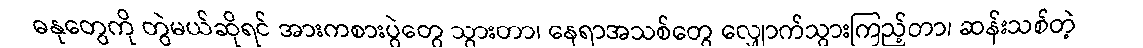
ဓနုတွေကို တွဲမယ်ဆိုရင် အားကစားပွဲတွေ သွားတာ၊ နေရာအသစ်တွေ လျှောက်သွားကြည့်တာ၊ ဆန်းသစ်တဲ့